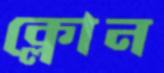
ক্লোন